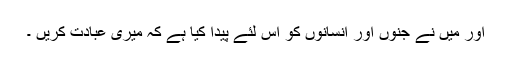
اور میں نے جنوں اور انسانوں کو اس لئے پیدا کیا ہے کہ میری عبادت کریں ۔